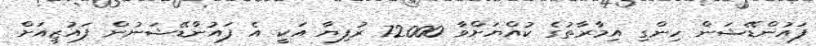
ފައުންޑޭޝަން ހިންގި އިމާރާތުގެ ކުއްޔަށްވާ 72000 ރުފިޔާ އަކީ އެ ފައުންޑޭޝަނުން ފައުޒީއަށް